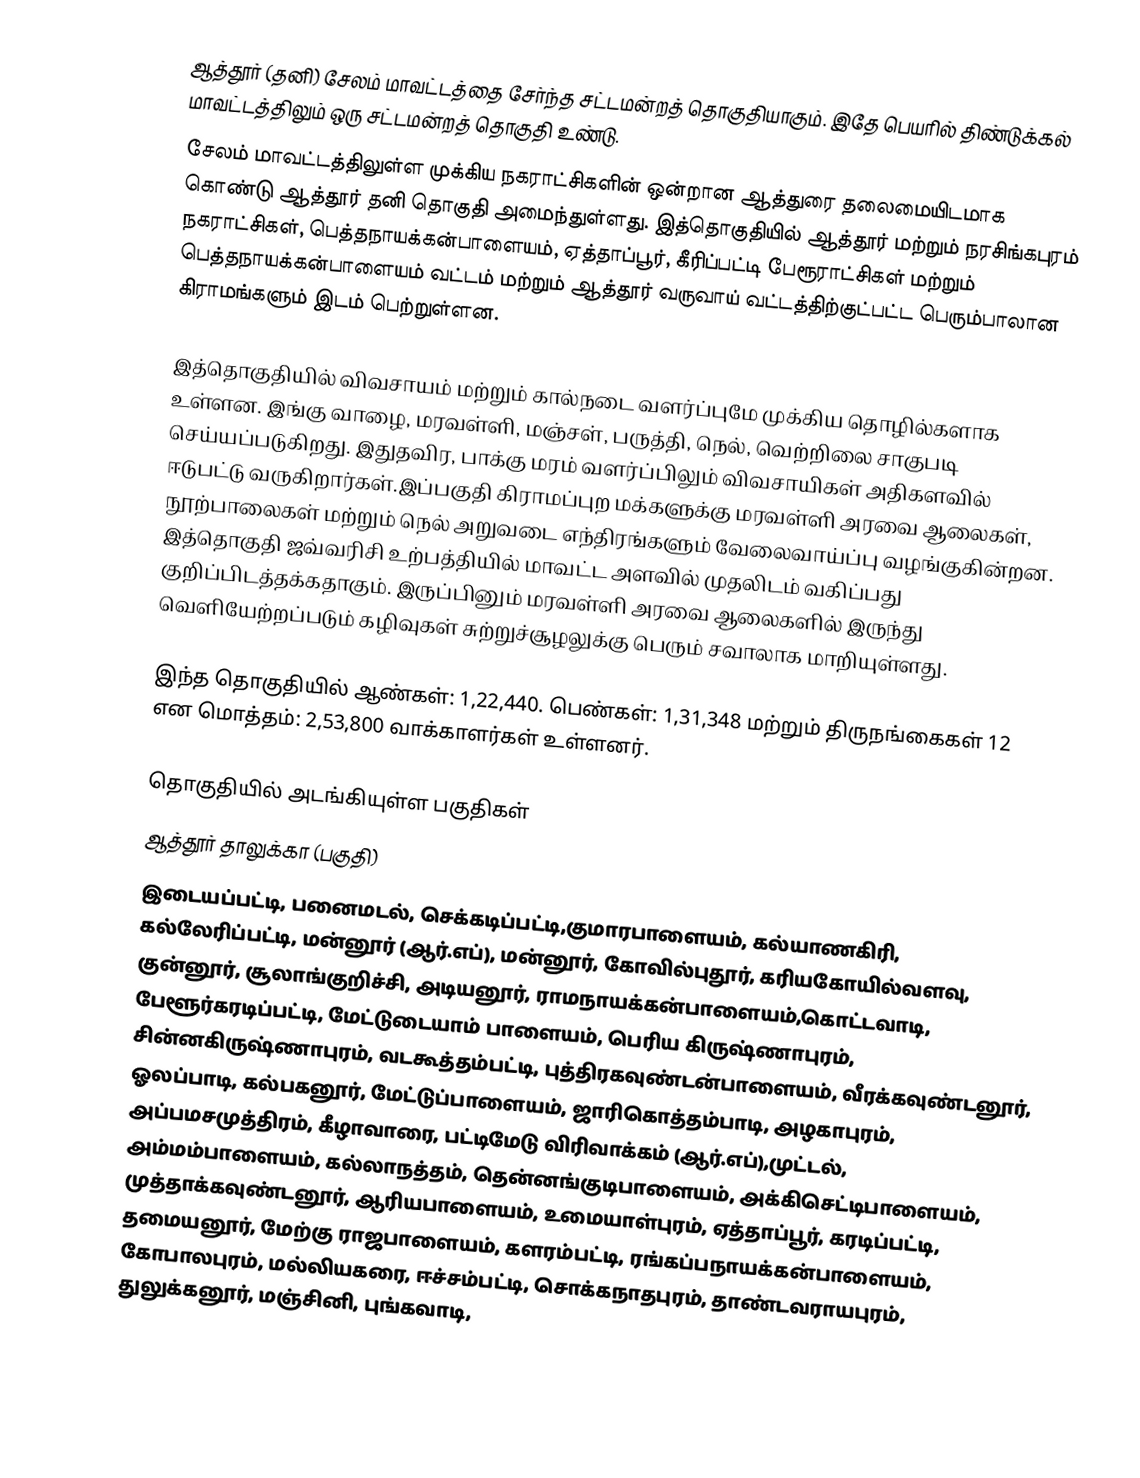
ஆத்தூர்  (தனி) சேலம் மாவட்டத்தை சேர்ந்த சட்டமன்றத் தொகுதியாகும். இதே பெயரில் திண்டுக்கல் மாவட்டத்திலும் ஒரு சட்டமன்றத் தொகுதி உண்டு.
சேலம் மாவட்டத்திலுள்ள முக்கிய நகராட்சிகளின் ஒன்றான ஆத்துரை தலைமையிடமாக கொண்டு ஆத்தூர் தனி தொகுதி அமைந்துள்ளது. இத்தொகுதியில் ஆத்தூர் மற்றும் நரசிங்கபுரம் நகராட்சிகள், பெத்தநாயக்கன்பாளையம், ஏத்தாப்பூர், கீரிப்பட்டி பேரூராட்சிகள் மற்றும் பெத்தநாயக்கன்பாளையம் வட்டம் மற்றும் ஆத்தூர் வருவாய் வட்டத்திற்குட்பட்ட பெரும்பாலான கிராமங்களும் இடம் பெற்றுள்ளன.

இத்தொகுதியில் விவசாயம் மற்றும் கால்நடை வளர்ப்புமே முக்கிய தொழில்களாக உள்ளன. இங்கு வாழை, மரவள்ளி, மஞ்சள், பருத்தி, நெல், வெற்றிலை சாகுபடி செய்யப்படுகிறது. இதுதவிர, பாக்கு மரம் வளர்ப்பிலும் விவசாயிகள் அதிகளவில் ஈடுபட்டு வருகிறார்கள்.இப்பகுதி கிராமப்புற மக்களுக்கு மரவள்ளி அரவை ஆலைகள், நூற்பாலைகள் மற்றும் நெல் அறுவடை எந்திரங்களும் வேலைவாய்ப்பு வழங்குகின்றன. இத்தொகுதி ஜவ்வரிசி உற்பத்தியில் மாவட்ட அளவில் முதலிடம் வகிப்பது குறிப்பிடத்தக்கதாகும். இருப்பினும் மரவள்ளி அரவை ஆலைகளில் இருந்து வெளியேற்றப்படும் கழிவுகள் சுற்றுச்சூழலுக்கு பெரும் சவாலாக மாறியுள்ளது.

இந்த தொகுதியில் ஆண்கள்: 1,22,440. பெண்கள்: 1,31,348 மற்றும் திருநங்கைகள் 12 என மொத்தம்: 2,53,800 வாக்காளர்கள் உள்ளனர்.

தொகுதியில் அடங்கியுள்ள பகுதிகள்
ஆத்தூர் தாலுக்கா (பகுதி)
இடையப்பட்டி, பனைமடல், செக்கடிப்பட்டி,குமாரபாளையம், கல்யாணகிரி, கல்லேரிப்பட்டி, மன்னூர் (ஆர்.எப்), மன்னூர், கோவில்புதூர், கரியகோயில்வளவு, குன்னூர், சூலாங்குறிச்சி, அடியனூர், ராமநாயக்கன்பாளையம்,கொட்டவாடி, பேளூர்கரடிப்பட்டி, மேட்டுடையாம் பாளையம், பெரிய கிருஷ்ணாபுரம், சின்னகிருஷ்ணாபுரம், வடகூத்தம்பட்டி, புத்திரகவுண்டன்பாளையம், வீரக்கவுண்டனூர், ஓலப்பாடி, கல்பகனூர், மேட்டுப்பாளையம், ஜாரிகொத்தம்பாடி, அழகாபுரம், அப்பமசமுத்திரம், கீழாவாரை, பட்டிமேடு விரிவாக்கம் (ஆர்.எப்),முட்டல், அம்மம்பாளையம், கல்லாநத்தம், தென்னங்குடிபாளையம், அக்கிசெட்டிபாளையம், முத்தாக்கவுண்டனூர், ஆரியபாளையம், உமையாள்புரம், ஏத்தாப்பூர், கரடிப்பட்டி, தமையனூர், மேற்கு ராஜபாளையம், களரம்பட்டி, ரங்கப்பநாயக்கன்பாளையம், கோபாலபுரம், மல்லியகரை, ஈச்சம்பட்டி, சொக்கநாதபுரம், தாண்டவராயபுரம், துலுக்கனூர், மஞ்சினி, புங்கவாடி,